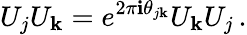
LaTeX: U_{j}U_{\mathbf{k}}=e^{2\pi\mathbf{i}\theta_{j\mathbf{k}}}U_{\mathbf{k}}U_{j}\, .